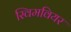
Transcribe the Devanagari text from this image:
स्विमवियर